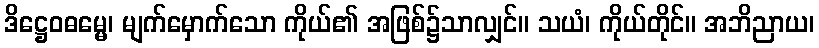
ဒိဋ္ဌေဝဓမ္မေ၊ မျက်မှောက်သော ကိုယ်၏ အဖြစ်၌သာလျှင်။ သယံ၊ ကိုယ်တိုင်။ အဘိညာယ၊